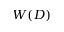
W ( D )